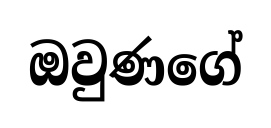
ඔවුණගේ